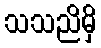
သသညိမှိ